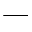
-